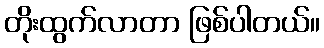
တိုးထွက်လာတာ ဖြစ်ပါတယ်။